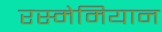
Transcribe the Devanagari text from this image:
रस्मेमियान